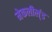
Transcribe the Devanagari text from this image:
मेकलील्ंड